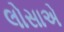
લોસાએ